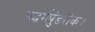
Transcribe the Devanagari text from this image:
सद्धर्मपुंडरीक।